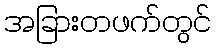
အခြားတဖက်တွင်